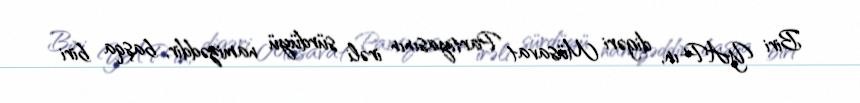
Biri YAP-ın, digəri Müsavat Partiyasının irəli sürdüyü namizəddir, başqa biri